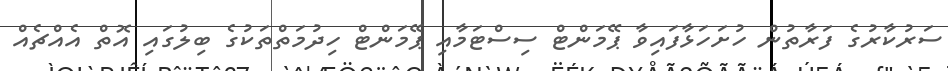
ސަރުކާރުގެ ފަރާތުން ހުށަހަޅާފައިވާ ޕޭމަންޓް ސިސްޓަމާއި ޕޭމަންޓް ހިދުމަތްތަކުގެ ބިލުގައި އޮތް އެއްޗެއް